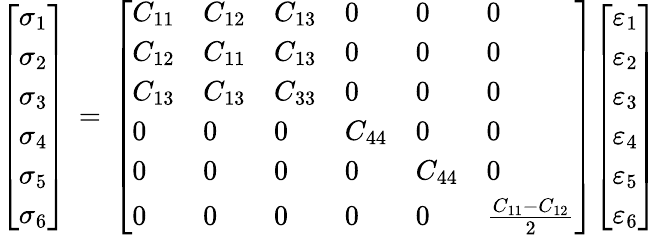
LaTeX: {\left[\begin{array}{l}{\sigma_{1}}\\ {\sigma_{2}}\\ {\sigma_{3}}\\ {\sigma_{4}}\\ {\sigma_{5}}\\ {\sigma_{6}}\end{array}\right]}\, =\, {\left[\begin{array}{llllll}{C_{11}}&{C_{12}}&{C_{13}}&{0}&{0}&{0}\\ {C_{12}}&{C_{11}}&{C_{13}}&{0}&{0}&{0}\\ {C_{13}}&{C_{13}}&{C_{33}}&{0}&{0}&{0}\\ {0}&{0}&{0}&{C_{44}}&{0}&{0}\\ {0}&{0}&{0}&{0}&{C_{44}}&{0}\\ {0}&{0}&{0}&{0}&{0}&{{\frac{C_{11}-C_{12}}{2}}}\end{array}\right]}{\left[\begin{array}{l}{\varepsilon_{1}}\\ {\varepsilon_{2}}\\ {\varepsilon_{3}}\\ {\varepsilon_{4}}\\ {\varepsilon_{5}}\\ {\varepsilon_{6}}\end{array}\right]}